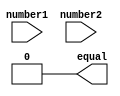
module arithmetic_blocks_equality_comparator (
    input [7:0] number1,
    input [7:0] number2,
    output wire equal
);

    wire [7:0] equal_bits;

    assign equal_bits = number1 == number2;
    assign equal = &equal_bits;

endmodule